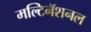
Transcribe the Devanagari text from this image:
मल्टिनॅशनल